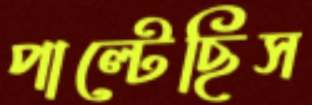
পাল্টেছিস